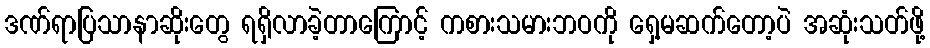
ဒဏ်ရာပြသာနာဆိုးတွေ ရရှိလာခဲ့တာကြောင့် ကစားသမားဘဝကို ရှေ့မဆက်တော့ပဲ အဆုံးသတ်ဖို့